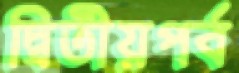
দ্বিতীয়পর্ব